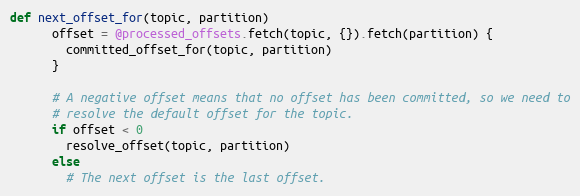
Language: Ruby
def next_offset_for(topic, partition)
      offset = @processed_offsets.fetch(topic, {}).fetch(partition) {
        committed_offset_for(topic, partition)
      }

      # A negative offset means that no offset has been committed, so we need to
      # resolve the default offset for the topic.
      if offset < 0
        resolve_offset(topic, partition)
      else
        # The next offset is the last offset.